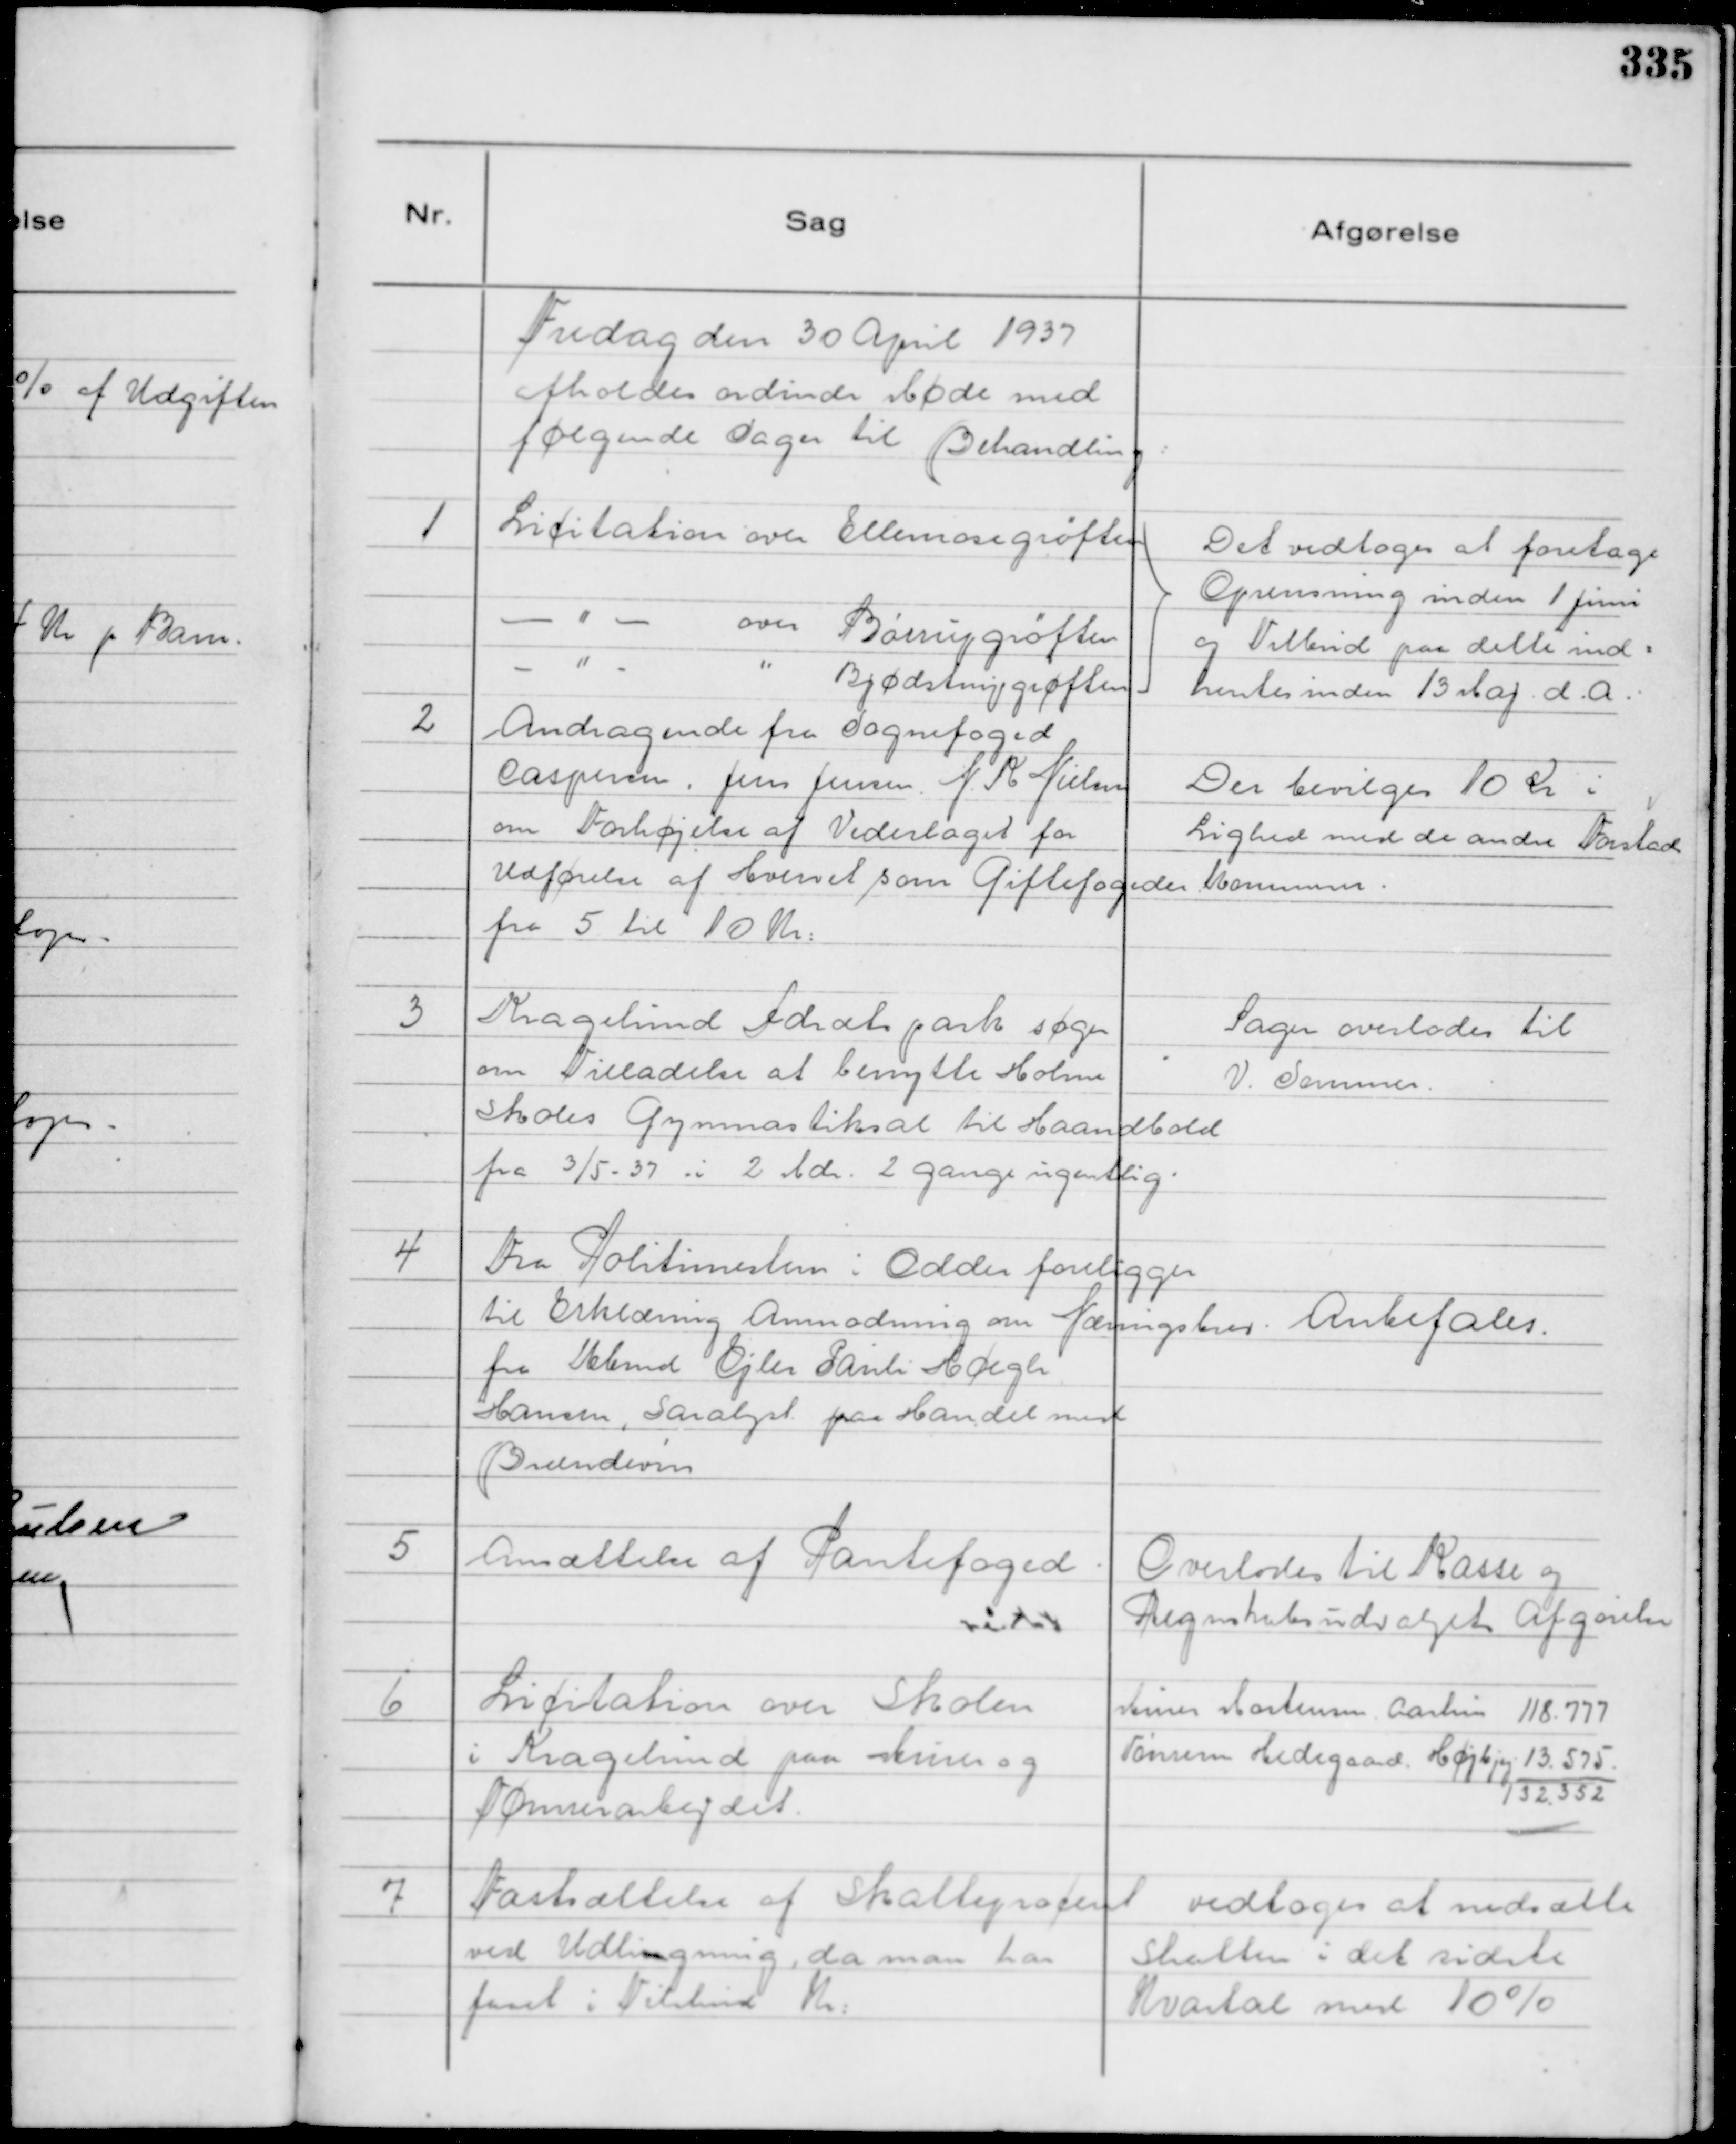
Transskription:
Fredag den 30 April 1937
afholdes ordinær Møde med
følgende Sager til Behandling

1
Licitation over Ellemosegrøften
- " -
over Børrupgrøften
- " -
" Bjødstrupgrøften

Det vedtoges at foretage
Oprensning inden 1 Juni
og Tilbud paa dette ind=
hentes inden 13 Maj. d.A.

2
Andragende fra Sognefoged
Caspersen . Jens Jensen . N K Nielsen
om Forhøjelse af Vederlaget for
Udførelse af Hvervet som Giftefogeder
fra 5 til 10 Kr:

Der bevilges 10 Kr i
Lighed med de andre Forstads
Kommuner.

3
Kragelund Idrætspark søger
om Tilladelse at benytte Holme
Skoles Gymnastiksal til Haandbold
fra 3/5 - 37 i 2 Mdr. 2 gange ugentlig.

Sagen overlodes til
V. Sommer.

4
Fra Politimesteren i Odder foreligger
til Erklæring Anmodning om Næringsbrev
fra Kbmd Ejler Pauli Høegh
Hansen, Saralyst paa Handel med
Brændevin

Anbefales.

5
Ansættelse af Pantefoged.

Overlodes til Kasse og
Regnskabsudvalgets Afgørelse

6
Licitation over Skolen
i Kragelund paa Murer og
Tømrerarbejdet.

Murer Mortensen Aarhus 118.777
Tønrerm Hedegaard Højbjerg 13.575.
132.352

7
Fastsættelse af Skatteprocent
ved Udligning, da man har
faaet i Tilskud Kr:

vedtoges at nedsætte
Skatten i det sidste
Kvartal med 10%